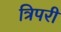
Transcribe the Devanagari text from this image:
त्रिपरी